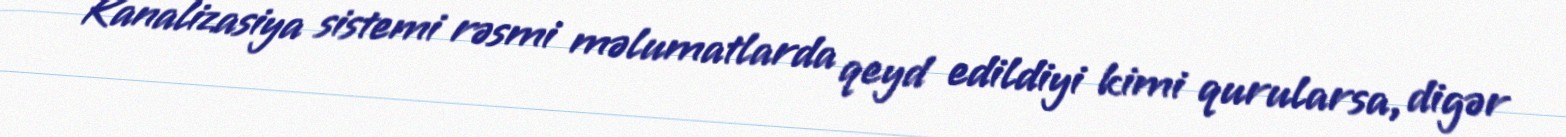
Kanalizasiya sistemi rəsmi məlumatlarda qeyd edildiyi kimi qurularsa, digər